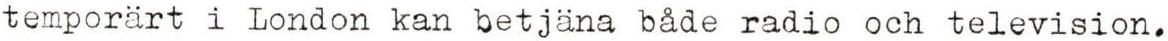
temporärt i London kan betjäna både radio och television.